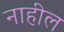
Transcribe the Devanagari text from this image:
नाहील